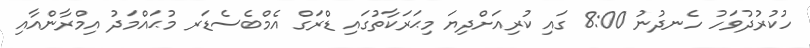
ހުކުރުދުވަހު ހެނދުނު 8:00 ގައި ކުރިއަށްދިޔަ މިޙަރަކާތުގައި ޑްރަގް އެމްބެސެޑަރ މުޙައްމަދު އިމްރާންއާއި